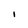
Character: l